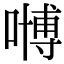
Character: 𠽢